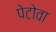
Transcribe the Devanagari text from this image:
पेटोवा